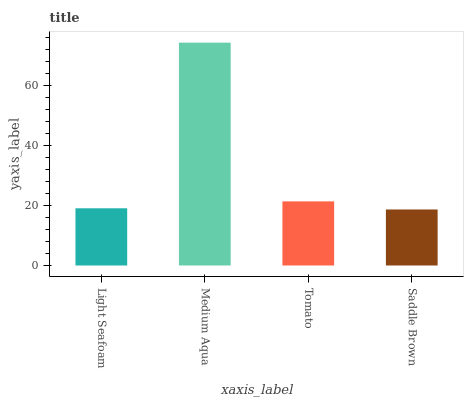
| xaxis_label | bars |
 | --- | --- |
 | Light Seafoam | 19.1 |
 | Medium Aqua | 74.3 |
 | Tomato | 21.4 |
 | Saddle Brown | 18.7 |